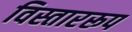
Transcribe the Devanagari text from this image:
विस्ताररूप